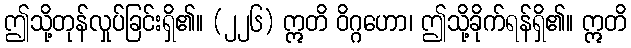
ဤသို့တုန်လှုပ်ခြင်းရှိ၏။ (၂၂၆) ဣတိ ဝိဂ္ဂဟော၊ ဤသို့ခိုက်ရန်ရှိ၏။ ဣတိ